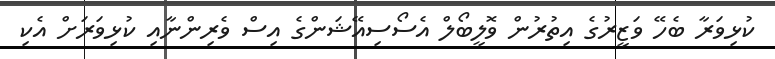
ކުޅިވަރާ ބެހޭ ވަޒީރުގެ އިތުރުން ވޮލީބޯލް އެސޯސިއޭޝަންގެ އިސް ވެރިންނާއި ކުޅިވަރަށް އެކި